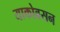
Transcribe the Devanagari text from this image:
याकोबसन